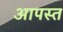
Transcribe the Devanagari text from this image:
आपस्त